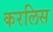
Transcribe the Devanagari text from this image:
करलिस